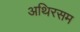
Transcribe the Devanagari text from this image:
अथिरसम